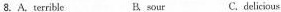
8.A.terrible B. sour C. delicious